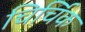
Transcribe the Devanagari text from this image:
चिर्चिक